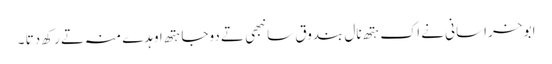
ابو خراسانی نے اک ہتھ نال بندوق سانبھی تے دوجا ہتھ اوہدے منہ تے رکھ دتا ۔